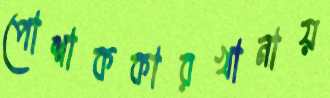
পোশাককারখানায়